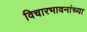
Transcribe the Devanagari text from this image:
विचारभावनांच्या